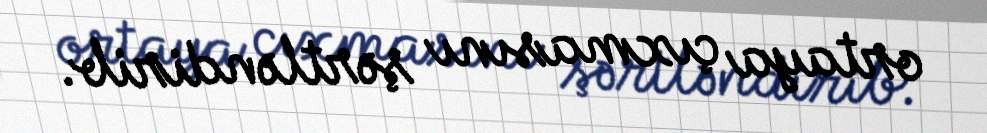
ortaya çıxmasını şərtləndirib.